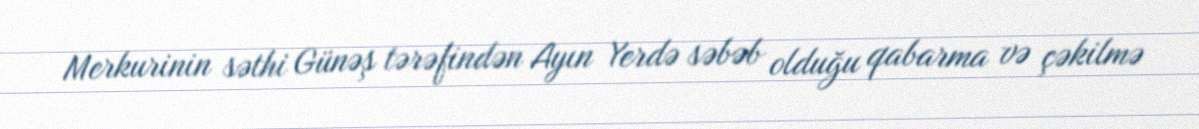
Merkurinin səthi Günəş tərəfindən Ayın Yerdə səbəb olduğu qabarma və çəkilmə